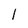
Character: l